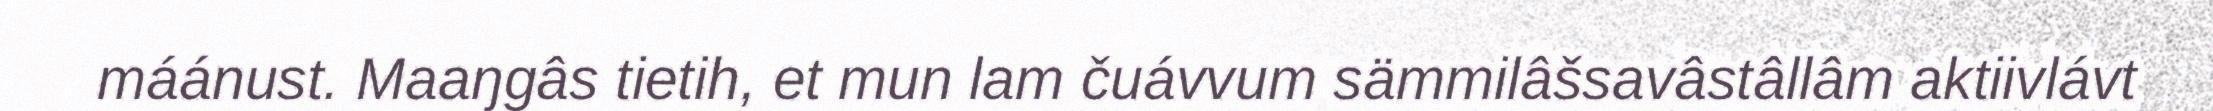
máánust. Maaŋgâs tietih, et mun lam čuávvum sämmilâšsavâstâllâm aktiivlávt